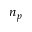
n _ { p }